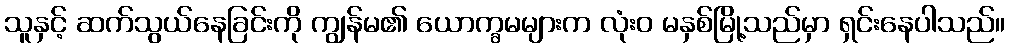
သူနှင့် ဆက်သွယ်နေခြင်းကို ကျွန်မ၏ ယောက္ခမများက လုံးဝ မနှစ်မြို့သည်မှာ ရှင်းနေပါသည်။